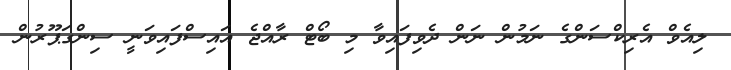
ލިއެވް އެރިކްސަންގެ ނަމުން ނަން ދެވިފައިވާ މި ބޯޓް ރާއްޖެ އައިސްފައިވަނީ ސިންގަޕޫރުން